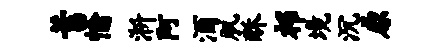
蓄愉淅阿酒肌酥祁境沉原